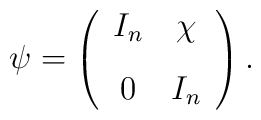
\psi = \left( \begin{array}{cc}I_n & \chi \\[.7em]0 & I_n\end{array} \right).